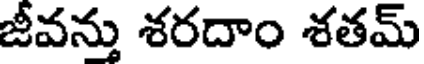
జీవన్తు శరదాం శతమ్